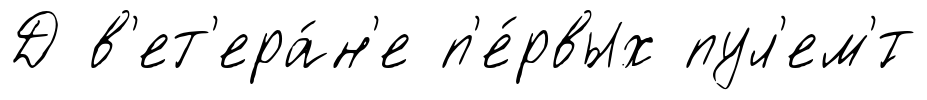
Д в'ет'ера́н'е п'е́рвых пул'ем'́т